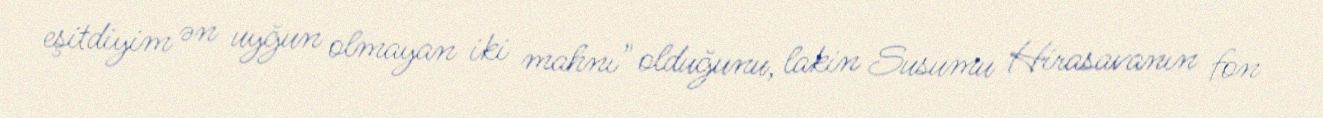
eşitdiyim ən uyğun olmayan iki mahnı" olduğunu, lakin Susumu Hirasavanın fon